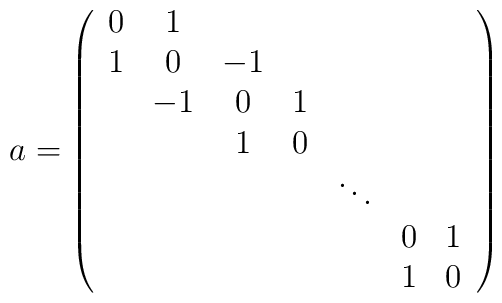
a = \left( \begin{array}{ccccccc}0 & 1 \cr1 & 0 & -1 \cr& -1 & 0 & 1 \cr&& 1 & 0 \cr&&&& \ddots \cr&&&&& 0 & 1 \cr&&&&& 1 & 0  \cr\end{array} \right)